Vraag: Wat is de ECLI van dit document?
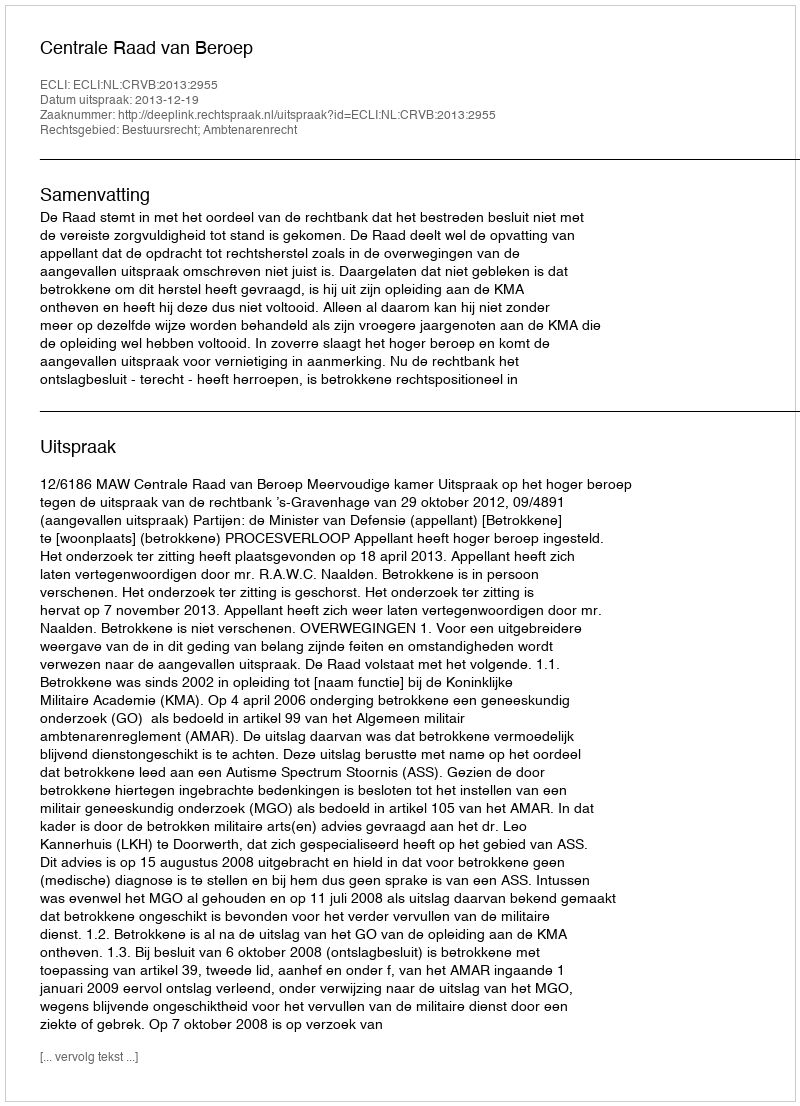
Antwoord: ECLI:NL:CRVB:2013:2955